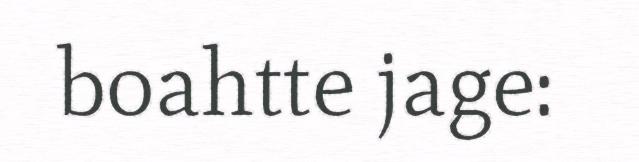
boahtte jage: